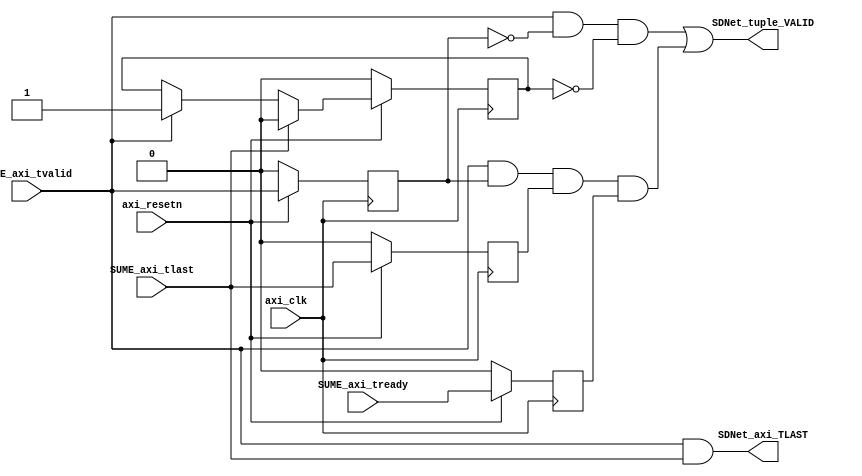

`timescale 1ns / 1ps

//
// Copyright (c) 2017 Stephen Ibanez
// All rights reserved.
//
// This software was developed by Stanford University and the University of Cambridge Computer Laboratory 
// under National Science Foundation under Grant No. CNS-0855268,
// the University of Cambridge Computer Laboratory under EPSRC INTERNET Project EP/H040536/1 and
// by the University of Cambridge Computer Laboratory under DARPA/AFRL contract FA8750-11-C-0249 ("MRC2"), 
// as part of the DARPA MRC research programme.
//
// @NETFPGA_LICENSE_HEADER_START@
//
// Licensed to NetFPGA C.I.C. (NetFPGA) under one or more contributor
// license agreements.  See the NOTICE file distributed with this work for
// additional information regarding copyright ownership.  NetFPGA licenses this
// file to you under the NetFPGA Hardware-Software License, Version 1.0 (the
// "License"); you may not use this file except in compliance with the
// License.  You may obtain a copy of the License at:
//
//   http://www.netfpga-cic.org
//
// Unless required by applicable law or agreed to in writing, Work distributed
// under the License is distributed on an "AS IS" BASIS, WITHOUT WARRANTIES OR
// CONDITIONS OF ANY KIND, either express or implied.  See the License for the
// specific language governing permissions and limitations under the License.
//
// @NETFPGA_LICENSE_HEADER_END@
//


//////////////////////////////////////////////////////////////////////////////////
// Affiliation: Stanford University
// 
// Module Name: sume_to_sdnet
//////////////////////////////////////////////////////////////////////////////////

module sume_to_sdnet (

// clk/rst input
input                               axi_clk,
input                               axi_resetn,

// input SUME axi signals
input                               SUME_axi_tvalid,
input                               SUME_axi_tlast,
input                               SUME_axi_tready,

// output SDNet signals
output                              SDNet_tuple_VALID,
output                              SDNet_axi_TLAST

);


// registers to hold the value of tvalid and tlast on the previous clock cycle
reg SUME_axi_tvalid_prev;
reg SUME_axi_tlast_prev;
reg SUME_axi_tready_prev;

// register to remember if tvalid has already gone high for this packet
reg tvalid_has_gone_high;

always @(posedge axi_clk) begin
    if (~axi_resetn) begin
        SUME_axi_tvalid_prev <= 1'b0;
        SUME_axi_tlast_prev <= 1'b0;
        SUME_axi_tready_prev <= 1'b0;
        tvalid_has_gone_high <= 1'b0;
    end
    else begin
        SUME_axi_tvalid_prev <= SUME_axi_tvalid;
        SUME_axi_tlast_prev <= SUME_axi_tlast;
        SUME_axi_tready_prev <= SUME_axi_tready;
        if (SUME_axi_tlast)
            tvalid_has_gone_high <= 1'b0;
        else if (SUME_axi_tvalid)
            tvalid_has_gone_high <= 1'b1;
        else
            tvalid_has_gone_high <= tvalid_has_gone_high;
    end
end

// tuple_in_VALID should be high whenever (tvalid goes high AND
// it is the first time tvalid has gone high since tlast went high)
// OR (tvalid stays high AND tlast was high on the previous cycle AND
// tready was high on the previous cycle).
// This lines up with the first word of each packet
assign SDNet_tuple_VALID = (SUME_axi_tvalid & ~SUME_axi_tvalid_prev & ~tvalid_has_gone_high) | (SUME_axi_tvalid & SUME_axi_tvalid_prev & SUME_axi_tlast_prev & SUME_axi_tready_prev);


// the SDNet_TLAST signal should only go high when TVALID is high
assign SDNet_axi_TLAST = SUME_axi_tvalid & SUME_axi_tlast;

endmodule // sume_to_sdnet